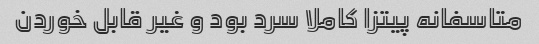
متاسفانه پیتزا کاملا سرد بود و غیر قابل خوردن